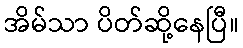
အိမ်သာ ပိတ်ဆို့နေပြီ။